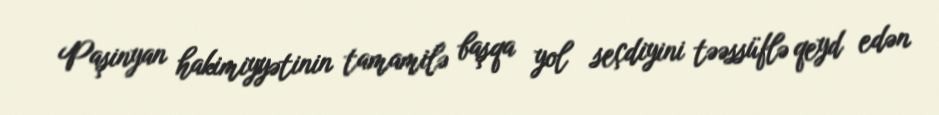
Paşinyan hakimiyyətinin tamamilə başqa yol seçdiyini təəssüflə qeyd edən